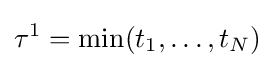
\tau ^{1}=\min(t_{1},\ldots ,t_{N})